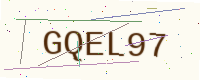
Text: GQEL97